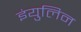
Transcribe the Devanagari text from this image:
इंयुलिन